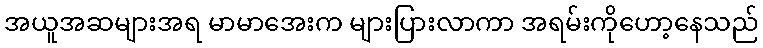
အယူအဆများအရ မာမာအေးက များပြားလာကာ အရမ်းကိုဟော့နေသည်